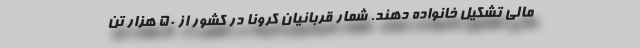
مالي تشكيل خانواده دهند. شمار قربانیان کرونا در کشور از ۵۰ هزار تن